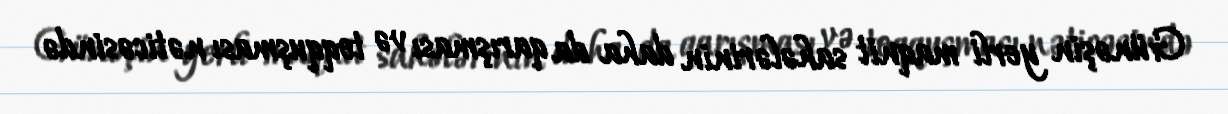
Günəşin yerli maqnit sahələrinin daha da qarışması və toqquşması nəticəsində